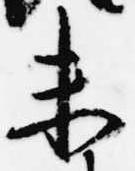
未